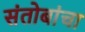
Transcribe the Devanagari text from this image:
संतोबांचा